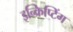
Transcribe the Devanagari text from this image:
इन्क्रिप्टिंग